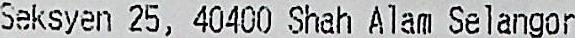
SEKSYEN 25, 40400 SHAH ALAM SELANGOR